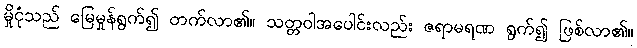
မှိုငုံသည် မြေမှုန်ရွက်၍ တက်လာ၏။ သတ္တဝါအပေါင်းလည်း ဇရာမရဏ ရွက်၍ ဖြစ်လာ၏။